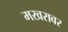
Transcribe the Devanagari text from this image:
मखरावर